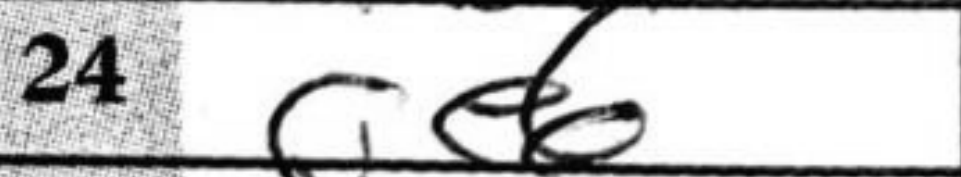
Transcription: Qe6